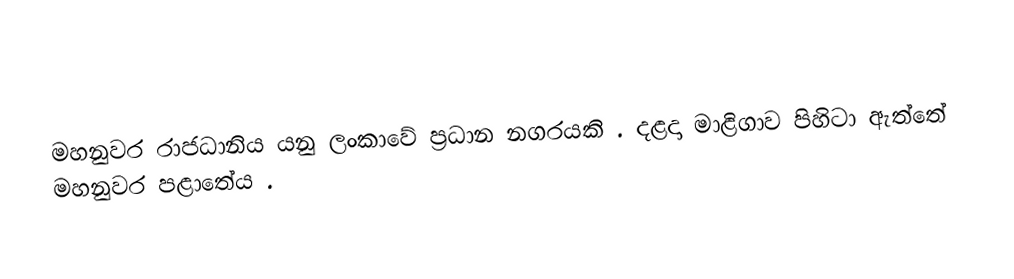
මහනුවර රාජධානිය යනු ලංකාවේ ප්‍රධාන නගරයකි . දළදා මාළිගාව පිහිටා ඇත්තේ මහනුවර පළාතේය .